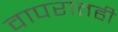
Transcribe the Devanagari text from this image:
वापरातही